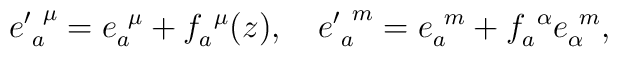
{e'}^{~\mu}_a={e}^{~\mu}_a+f^{~\mu}_a(z), \quad{e'}^{~m}_a=e^{~m}_a+f^{~\alpha}_ae^{~m}_\alpha,